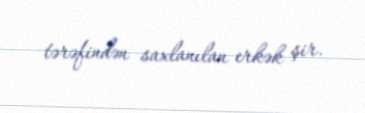
tərəfindən saxlanılan erkək şir.